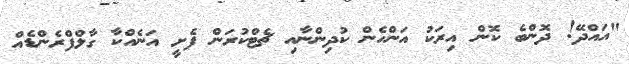
"އައްދޭ! ދޮންބެ ކޮން އިރަކު އަންހެން ކުދިންނާއި ޗެޓްކުރަން ފެށީ އަނެއްކާ ގާލްފްރެންޑެއް